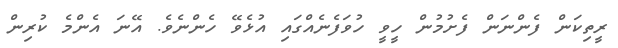
ރީތިކަން ފެންނަން ފެށުމުން ހީވީ ހުވަފެނެއްގައި އުޅެވޭ ހެންނެވެ. އޭނަ އެންމެ ކުރިން